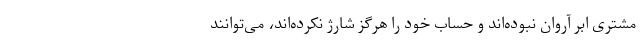
مشتری ابر آروان نبوده‌اند و حساب خود را هرگز شارژ نکرده‌اند، می‌توانند